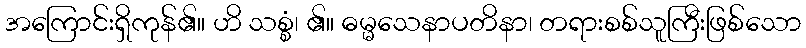
အကြောင်းရှိကုန်၏။ ဟိ သစ္စံ၊ ၏။ ဓမ္မသေနာပတိနာ၊ တရားစစ်သူကြီးဖြစ်သော